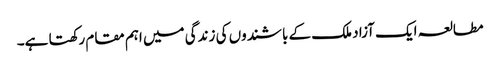
مطالعہ ایک آزاد ملک کے باشندوں کی زندگی میں اہم مقام رکھتا ہے۔